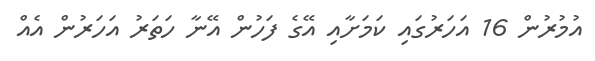
އުމުރުން 16 އަހަރުގައި ކަަމަށާއި އޭގެ ފަހުން އޭނާ ހަތަރު އަހަރުން އެއް